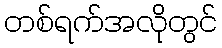
တစ်ရက်အလိုတွင်